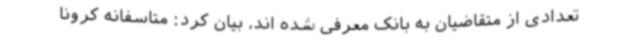
تعدادی از متقاضیان به بانک معرفی شده اند، بیان کرد: متاسفانه کرونا